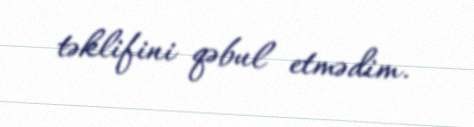
təklifini qəbul etmədim.